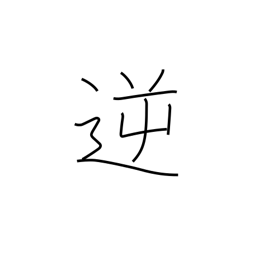
Meaning: wicked